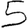
Digit: 5